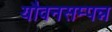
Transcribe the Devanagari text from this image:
यौवनसम्पन्न